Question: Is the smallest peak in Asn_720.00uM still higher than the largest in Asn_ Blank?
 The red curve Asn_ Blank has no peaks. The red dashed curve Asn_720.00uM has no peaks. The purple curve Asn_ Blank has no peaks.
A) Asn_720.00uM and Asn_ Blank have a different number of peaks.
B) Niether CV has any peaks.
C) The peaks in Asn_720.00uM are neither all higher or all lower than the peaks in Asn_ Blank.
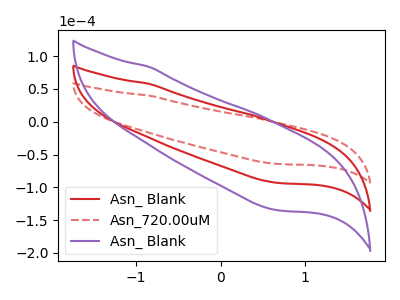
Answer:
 <answer>B) Niether CV has any peaks.</answer>
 <eval>B</eval>